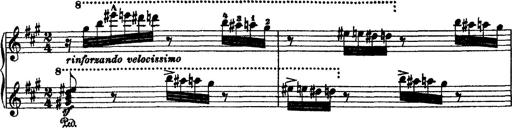
Title: 2 KonzertetÃ¼den
Composer: Franz Liszt